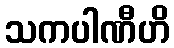
သကပါဏီဟိ